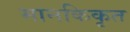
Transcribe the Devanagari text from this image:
मानकिकृत